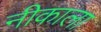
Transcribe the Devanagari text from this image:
नीकाला